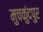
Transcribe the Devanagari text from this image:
मुचकुंदपुर